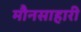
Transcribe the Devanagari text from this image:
मौनसाहारी